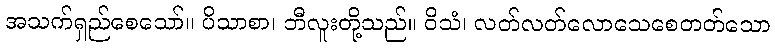
အသက်ရှည်စေသော်။ ပိသာစာ၊ ဘီလူးတို့သည်။ ဝိသံ၊ လတ်လတ်လောသေစေတတ်သော